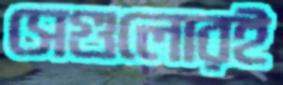
সেগুলোরই